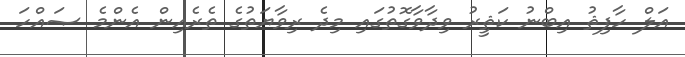
އަލް ހާފިޘު އިބްނު ކަޘީރު ވިދާވާގޮތުގައި މިދެ ރިވާޔަތުގެ ތެރެއިން އެންމެ ޞައްހަ